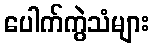
ပေါက်ကွဲသံများ